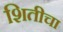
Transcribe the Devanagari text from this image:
शितीचा